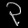
Digit: ၃